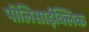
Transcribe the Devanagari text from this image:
पॉलिसाईक्लिक